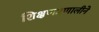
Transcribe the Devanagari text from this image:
शिक्षणप्रणालीने